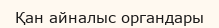
Қан айналыс органдары